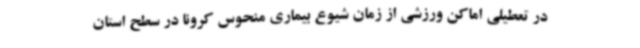
در تعطیلی اماکن ورزشی از زمان شیوع بیماری منحوس کرونا در سطح استان